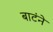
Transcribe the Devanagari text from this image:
बाटंने